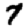
Digit: 7